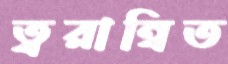
ত্বরান্বিত